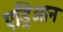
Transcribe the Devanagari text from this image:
एड्रिआन